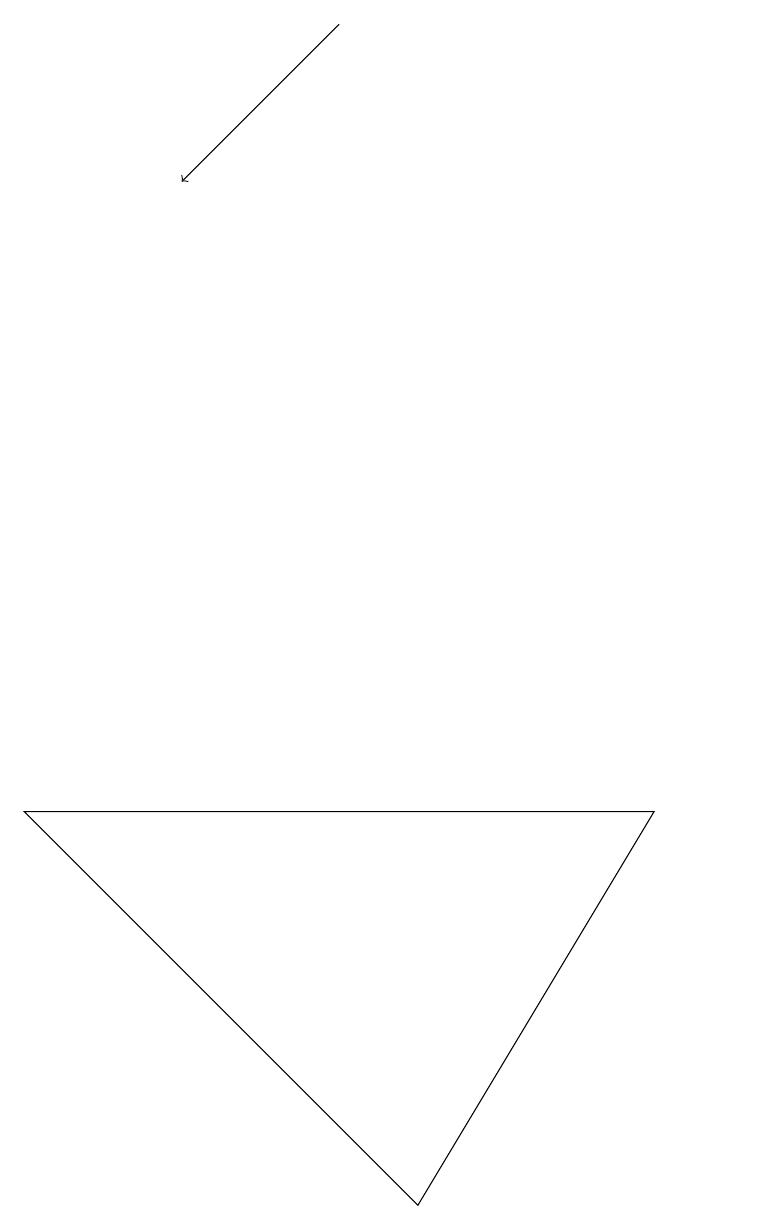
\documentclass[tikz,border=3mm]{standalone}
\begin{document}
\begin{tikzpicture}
\draw (10,12) circle (0);
\draw[->] (5,18) -- (3,16);
\draw (1,8) -- (6,3) -- (9,8) -- cycle;
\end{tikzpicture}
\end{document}